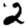
Digit: 2